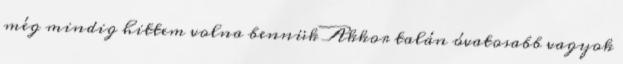
még mindig hittem volna bennük Akkor talán óvatosabb vagyok